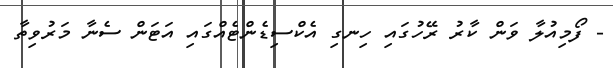
- ފޯމިއުލާ ވަން ކާރު ރޭހުގައި ހިނގި އެކްސިޑެންޓެއްގައި އަޓަން ސެނާ މަރުވިތާ